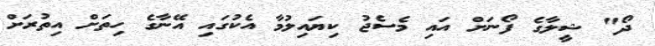
ދޯ" ޝީލާގެ ފޯނަށް އައި މެސެޖު ކިޔައިލުމާ އެކުގައި އޭނާގެ ހިިތަށް އިތުރަށް